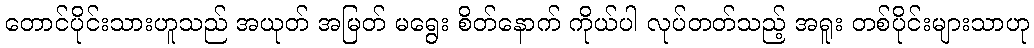
တောင်ပိုင်းသားဟူသည် အယုတ် အမြတ် မရွေး စိတ်နောက် ကိုယ်ပါ လုပ်တတ်သည့် အရူး တစ်ပိုင်းများသာဟု